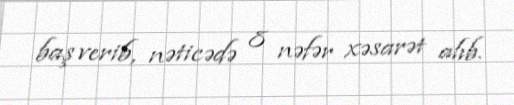
baş verib, nəticədə 8 nəfər xəsarət alıb.